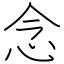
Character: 念